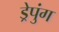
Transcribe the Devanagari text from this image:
ड्रेपुंग